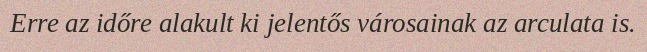
Erre az időre alakult ki jelentős városainak az arculata is.